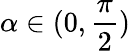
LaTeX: \alpha\in(0,\frac{\pi}{2})